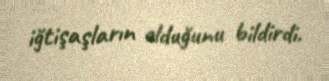
iğtişaşların olduğunu bildirdi.